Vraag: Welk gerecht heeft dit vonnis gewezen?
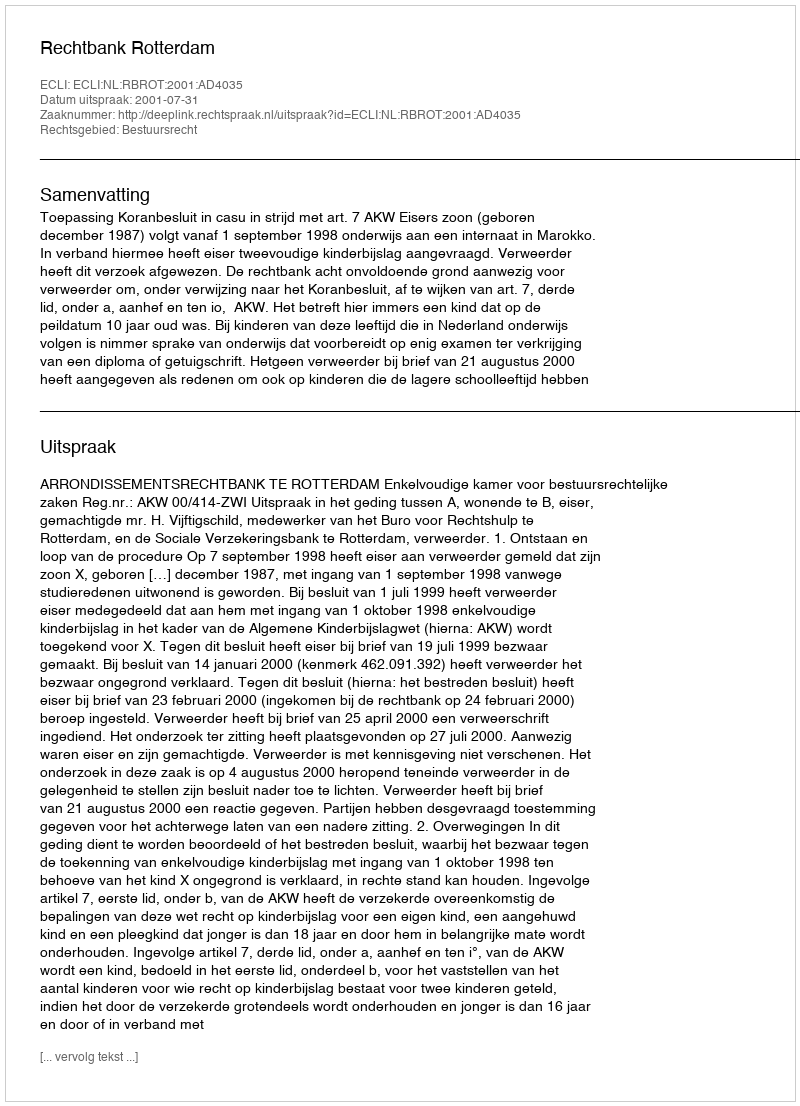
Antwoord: Rechtbank Rotterdam